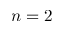
n = 2